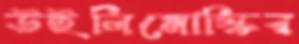
উইলিমোস্কির